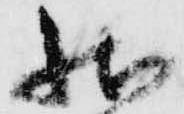
状